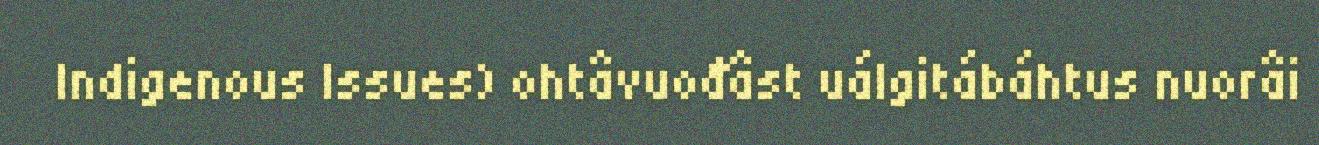
Indigenous Issues) ohtâvuođâst uálgitábáhtus nuorâi